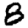
Digit: 8